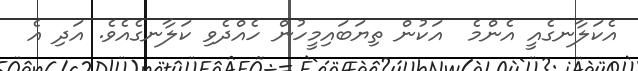
އެކަލާނގެއީ އެންމެ  އަކުން ތިޔަބައިމީހުން ހެއްދެވި ކަލާނގެއެވެ. އަދި އެ